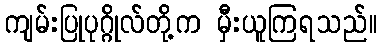
ကျမ်းပြုပုဂ္ဂိုလ်တို့က မှီးယူကြရသည်။